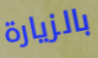
بالزيارة